Lunatic asylums Central Provinces reports 1895-1909 - 1895-1909
Year: 1895
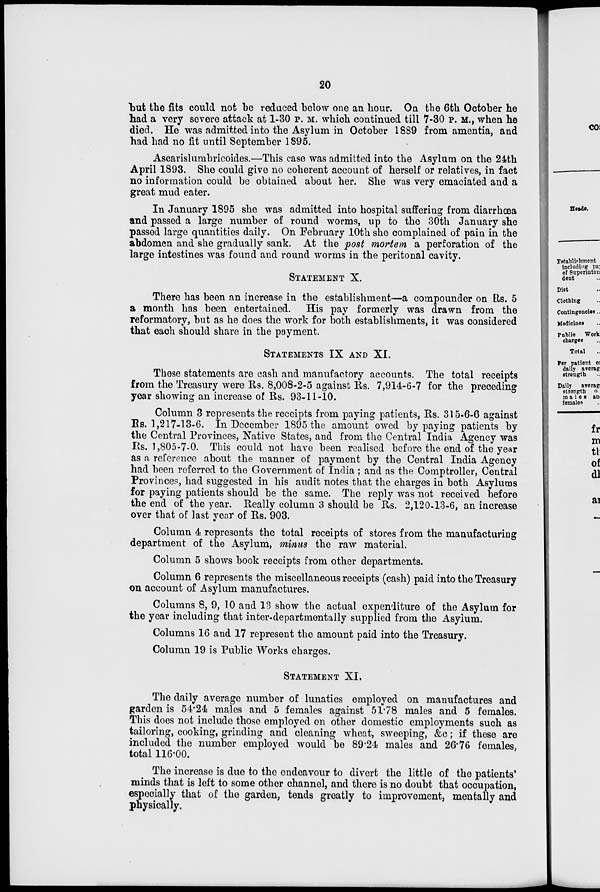
20
but the fits could not be reduced below one an hour. On the 6th October he
had a very severe attack at 1-30 P. M. which continued till 7-30 P. M., when he
died. He was admitted into the Asylum in October 1889 from amentia, and
had had no fit until September 1895.
Ascarislumbricoides.—This case was admitted into the Asylum on the 24th
April 1893. She could give no coherent account of herself or relatives, in fact
no information could be obtained about her. She was very emaciated and a
great mud eater.
In January 1895 she was admitted into hospital suffering from diarrhœa
and passed a large number of round worms, up to the 30th January she
passed large quantities daily. On February 10th she complained of pain in the
abdomen and she gradually sank. At the post mortem a perforation of the
large intestines was found and round worms in the peritonal cavity.
STATEMENT X.
There has been an increase in the establishment—a compounder on Rs, 5
a month has been entertained. His pay formerly was drawn from the
reformatory, but as he does the work for both establishments, it was considered
that each should share in the payment.
STATEMENT IX AND XI.
These statements are cash and manufactory accounts. The total receipts
from the Treasury were Rs. 8,008-2-5 against Rs. 7,914-6-7 for the preceding
year showing an increase of Rs. 93-11-10.
Column 3 represents the receipts from paying patients, Rs. 315-6-6 against
Rs. 1,217-13-6. In December 1895 the amount owed by paying patients by
the Central Provinces, Native States, and from the Central India Agency was
Rs. 1,805-7-0. This could not have been realised before the end of the year
as a reference about the manner of payment by the Central India Agency
had been referred to the Government of India; and as the Comptroller, Central
Provinces, had suggested in his audit notes that the charges in both Asylums
for paying patients should be the same. The reply was not received before
the end of the year. Really column 3 should be Rs. 2,120-13-6, an increase
over that of last year of Rs. 903.
Column 4 represents the total receipts of stores from the manufacturing
department of the Asylum, minus the raw material.
Column 5 shows book receipts from other departments.
Column 6 represents the miscellaneous receipts (cash) paid into the Treasury
on account of Asylum manufactures.
Columns 8, 9, 10 and 13 show the actual expenditure of the Asylum for
the year including that inter-departmentally supplied from the Asylum.
Columns 16 and 17 represent the amount paid into the Treasury.
Column 19 is Public Works charges.
STATEMENT XI.
The daily average number of lunatics employed on manufactures and
garden is 54.24 males and 5 females against 51.78 males and 5 females.
This does not include those employed on other domestic employments such as
tailoring, cooking, grinding and cleaning wheat, sweeping, &c; if these are
included the number employed would be 89.24 males and 26.76 females,
total 116.00.
The increase is due to the endeavour to divert the little of the patients'
minds that is left to some other channel, and there is no doubt that occupation,
especially that of the garden, tends greatly to improvement, mentally and
physically.